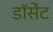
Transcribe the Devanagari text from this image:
डॉसेंट